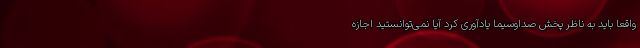
واقعا باید به ناظر پخش صداوسیما یادآوری کرد آیا نمی‌توانستید اجازه